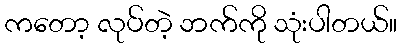
ကတော့ လုပ်တဲ့ ဘက်ကို သုံးပါတယ်။